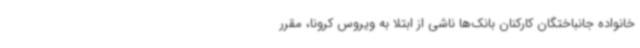
خانواده جانباختگان کارکنان بانک‌ها ناشی از ابتلا به ویروس کرونا، مقرر